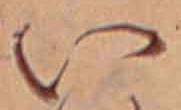
い